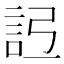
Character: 𧦒